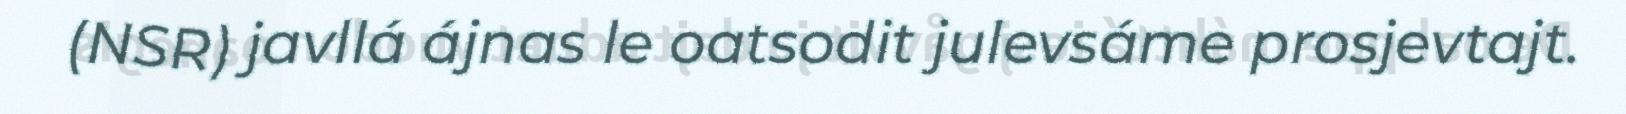
(NSR) javllá ájnas le oatsodit julevsáme prosjevtajt.